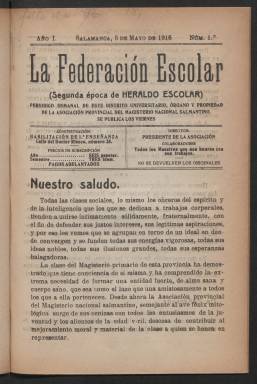
Título: La Federación escolar
Colección: Educación
Ámbito geográfico: Salamanca
Lugar de publicación: Salamanca
Fechas: 05/05/1916-27/12/1929